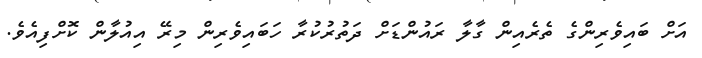
އަށް ބައިވެރިންގެ ތެރެއިން ގާލާ ރައުންޑަށް ދަތުރުކުރާ ހަބައިވެރިން މިރޭ އިއުލާން ކޮށްފިއެވެ.